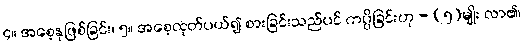
၄။ အစေ့နုဖြစ်ခြင်း၊ ၅။ အစေ့ထုတ်ပယ်၍ စားခြင်းသည်ပင် ကပ္ပိခြင်းဟု - (၅)မျိုး လာ၏၊